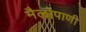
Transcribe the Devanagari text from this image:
मैलोपाणी